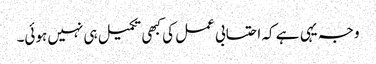
وجہ یہی ہے کہ احتسابی عمل کی کبھی تکمیل ہی نہیں ہوئی۔